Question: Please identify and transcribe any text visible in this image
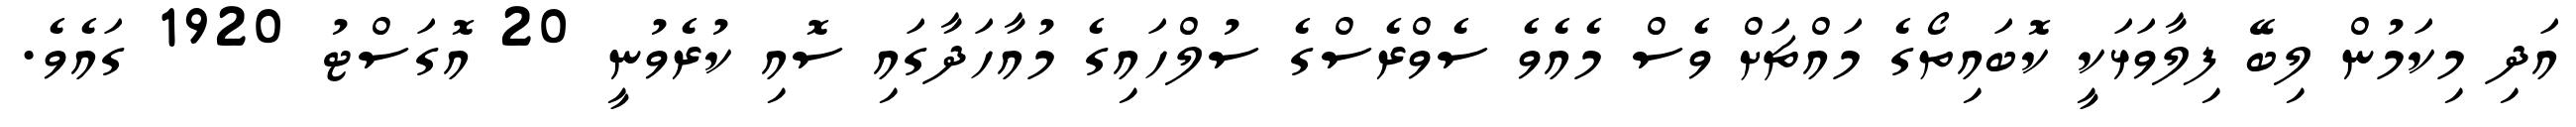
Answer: އަދި މިކަމުން ލިބޭ ފިލާވަޅަކީ ކޮބައިތޯގެ މައްޗަށް ވެސް މެއެވެ ސެވްރެސްގެ ސުލްހައިގެ މުއާހަދާގައި ސޮއި ކުރެވުނީ 20 އޮގަސްޓު 1920 ގައެވެ.